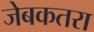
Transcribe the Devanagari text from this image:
जेबकतरा